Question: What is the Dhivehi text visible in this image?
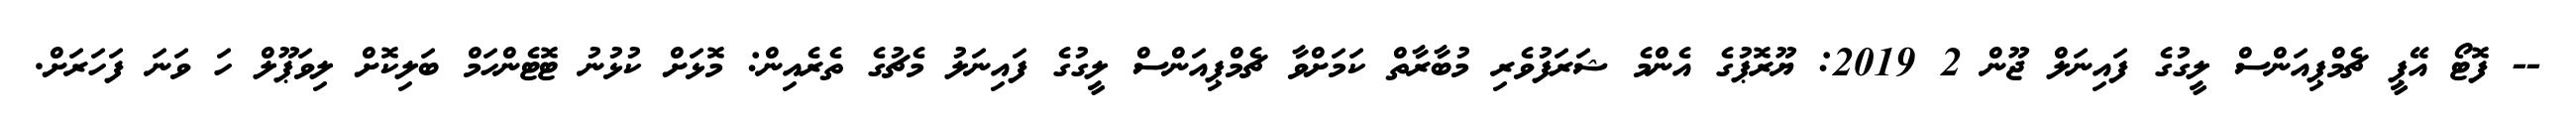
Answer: -- ފޮޓޯ އޭޕީ ޗެމްޕިއަންސް ލީގުގެ ފައިނަލް ޖޫން 2 2019: ޔޫރޮޕުގެ އެންމެ ޝަރަފުވެރި މުބާރާތް ކަމަށްވާ ޗެމްޕިއަންސް ލީގުގެ ފައިނަލު މެޗުގެ ތެރެއިން: މޮޅަށް ކުޅުނު ޓޮޓެންހަމް ބަލިކޮށް ލިވަޕޫލް ހަ ވަނަ ފަހަރަށް.